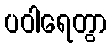
ပဝါရေတွာ